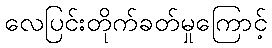
လေပြင်းတိုက်ခတ်မှုကြောင့်